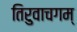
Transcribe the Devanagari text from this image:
तिरुवाचगम्‌